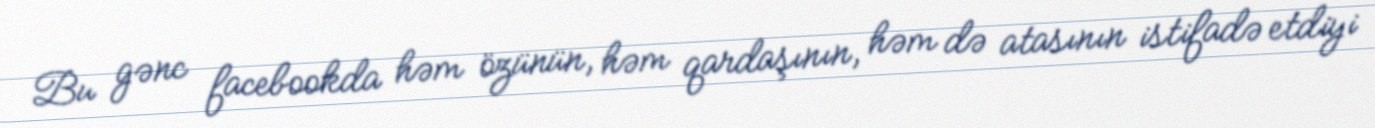
Bu gənc facebookda həm özünün, həm qardaşının, həm də atasının istifadə etdiyi